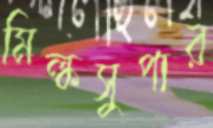
মিল্কসুপার